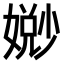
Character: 𫱧